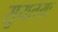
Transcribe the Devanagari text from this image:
सुयतयः